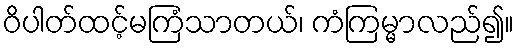
ဝိပါတ်ထင့်မကြံသာတယ်၊ ကံကြမ္မာလည်၍။